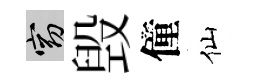
窈毁僮仙